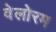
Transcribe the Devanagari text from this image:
वेलोरम